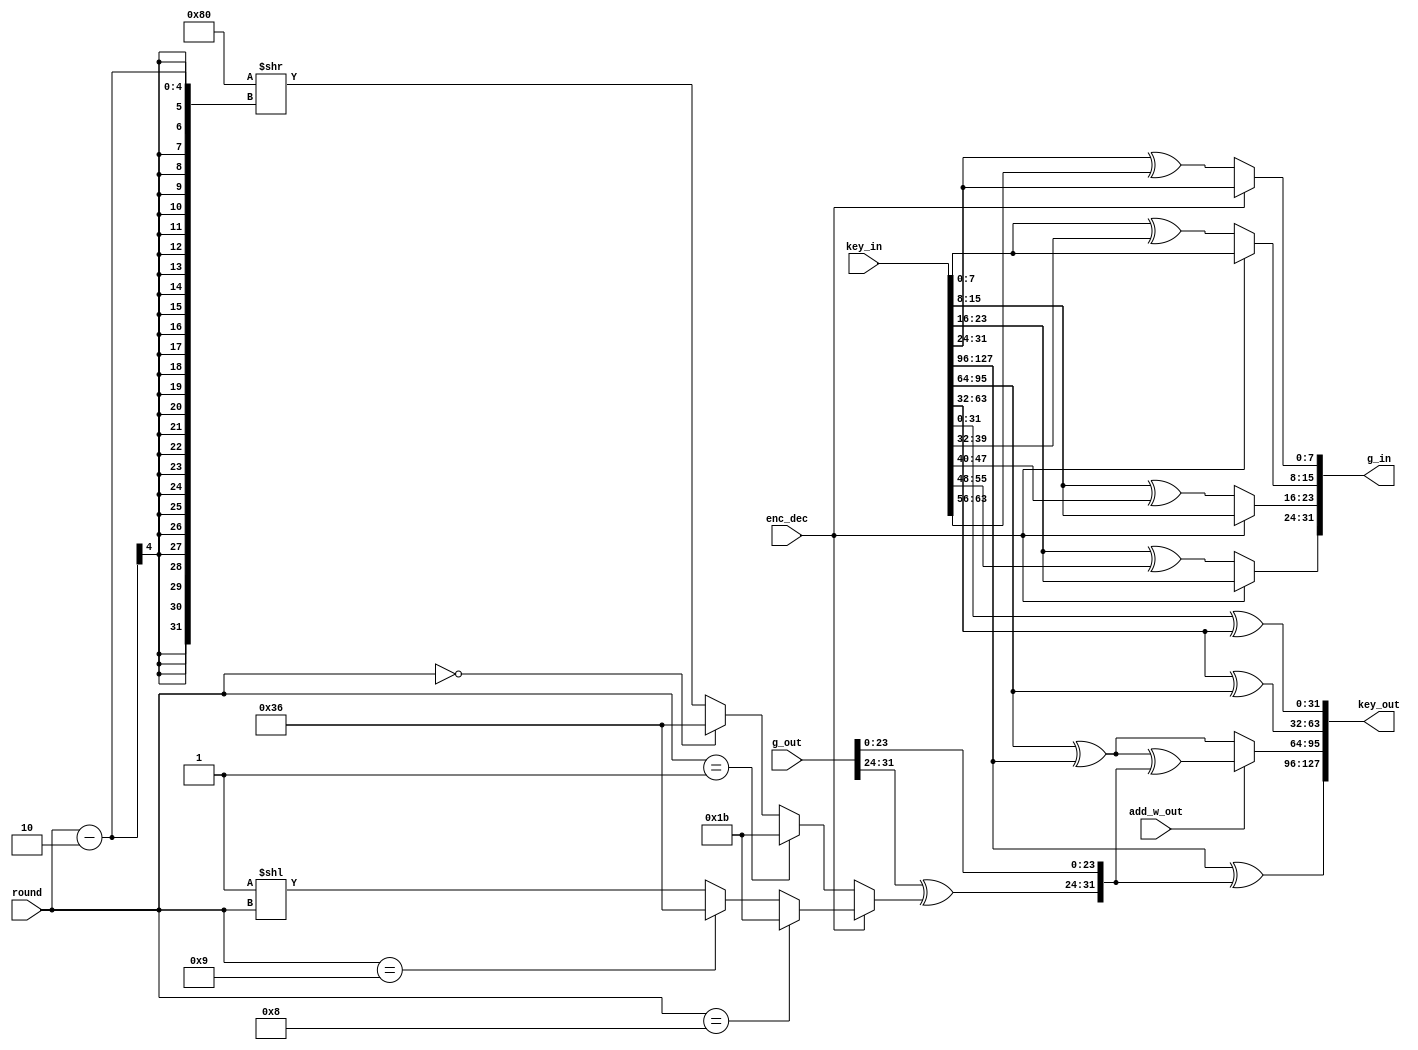
//////////////////////////////////////////////////////////////////
////
////
//// 	AES CORE BLOCK
////
////
////
//// This file is part of the APB to I2C project
////
//// http://www.opencores.org/cores/apbi2c/
////
////
////
//// Description
////
//// Implementation of APB IP core according to
////
//// aes128_spec IP core specification document.
////
////
////
//// To Do: Things are right here but always all block can suffer changes
////
////
////
////
////
//// Author(s): - Felipe Fernandes Da Costa, fefe2560@gmail.com
////		  Julio Cesar 
////
///////////////////////////////////////////////////////////////// 
////
////
//// Copyright (C) 2009 Authors and OPENCORES.ORG
////
////
////
//// This source file may be used and distributed without
////
//// restriction provided that this copyright statement is not
////
//// removed from the file and that any derivative work contains
//// the original copyright notice and the associated disclaimer.
////
////
//// This source file is free software; you can redistribute it
////
//// and/or modify it under the terms of the GNU Lesser General
////
//// Public License as published by the Free Software Foundation;
//// either version 2.1 of the License, or (at your option) any
////
//// later version.
////
////
////
//// This source is distributed in the hope that it will be
////
//// useful, but WITHOUT ANY WARRANTY; without even the implied
////
//// warranty of MERCHANTABILITY or FITNESS FOR A PARTICULAR
////
//// PURPOSE. See the GNU Lesser General Public License for more
//// details.
////
////
////
//// You should have received a copy of the GNU Lesser General
////
//// Public License along with this source; if not, download it
////
//// from http://www.opencores.org/lgpl.shtml
////
////
///////////////////////////////////////////////////////////////////
module key_expander
(
	// OUTPUTS
	output  [127:0] key_out,
	output  [ 31:0] g_in,
	// INPUTS
	input  [ 31:0] g_out,
	input  [127:0] key_in,
	input  [  3:0] round,
	input add_w_out,
	input enc_dec
);

localparam integer KEY_WIDTH = 32;
localparam integer KEY_NUM   = 4;
localparam integer WORD      = 8;
localparam integer ROUNDS    = 10;

wire  [32 - 1 : 0] key   [0 : 4 - 1];
wire  [     8 - 1 : 0] rot_in[0 : 4 - 1];
wire  [32 - 1 : 0] g_func;
reg   [     8 - 1 : 0] rc_dir, rc_inv;
wire  [     8 - 1 : 0] rc;

//=====================================================================================
// Key Generation
//=====================================================================================
generate
	genvar i;
	for(i = 0; i < KEY_NUM; i = i + 1)
	begin:KG
			assign key[KEY_NUM - 1 - i] = key_in[KEY_WIDTH*(i + 1) - 1 : KEY_WIDTH*i];
	end
endgenerate

//=====================================================================================
// Key Out Generation
//=====================================================================================
generate
	genvar j;
	for(j = 0; j < KEY_NUM; j = j + 1)
	begin:KGO
			if(j == 0)
				assign key_out[KEY_WIDTH*(KEY_NUM - j) - 1 : KEY_WIDTH*(KEY_NUM - j - 1)] = key[j] ^ g_func;
			else
				if(j == 1)
					assign key_out[KEY_WIDTH*(KEY_NUM - j) - 1 : KEY_WIDTH*(KEY_NUM - j - 1)] = (add_w_out) ? key[j] ^ key[j - 1] ^ g_func : key[j] ^ key[j - 1];
				else
					assign key_out[KEY_WIDTH*(KEY_NUM - j) - 1 : KEY_WIDTH*(KEY_NUM - j - 1)] = key[j] ^ key[j - 1];
	end
endgenerate

//=====================================================================================
// G Function Input Generation
//=====================================================================================
generate
	genvar k;
	for(k = 0; k < KEY_NUM; k = k + 1)
	begin:GFIG
		assign rot_in[k] = (enc_dec) ? key[KEY_NUM - 1][WORD*(k + 1) - 1 : WORD*k] : key[KEY_NUM - 1][WORD*(k + 1) - 1 : WORD*k] ^ key[KEY_NUM - 2][WORD*(k + 1) - 1 : WORD*k];
	end
endgenerate

generate
	genvar l;
	for(l = 0; l < KEY_NUM; l = l + 1)
	begin:GFIG1
		assign g_in[WORD*(l + 1) - 1 : WORD*l] = rot_in[(KEY_NUM + l - 1)%KEY_NUM];
	end
endgenerate

//=====================================================================================
// G Functin Output Processsing
//=====================================================================================
assign g_func = {g_out[KEY_WIDTH - 1 : KEY_WIDTH - WORD] ^ rc, g_out[KEY_WIDTH - WORD - 1 : 0]};

assign rc = (enc_dec) ? rc_dir : rc_inv;

always @(*)
	begin: RC_DIR
		integer i;
		for(i = 0; i < ROUNDS; i = i + 1)
			if(round == 8)
				rc_dir = 8'h1b;
			else 
			if(round == 9)
				rc_dir = 8'h36;
			else
				rc_dir = 8'h01 << round;
	end

always @(*)
	begin: RC_INV
		integer i;
		for(i = 0; i < ROUNDS; i = i + 1)
			if(round == 1)
				rc_inv = 8'h1b;
			else 
			if(round == 0)
				rc_inv = 8'h36;
			else
				rc_inv = 8'h80 >> (round - 2);
	end
endmodule